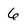
Character: 6